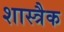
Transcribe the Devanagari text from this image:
शास्त्रैक